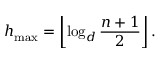
h _ { \mathrm { m a x } } = \left\lfloor \log _ { d } { \frac { n + 1 } { 2 } } \right\rfloor .